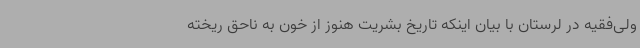
ولی‌فقیه در لرستان با بیان اینکه تاریخ بشریت هنوز از خون به ناحق ریخته